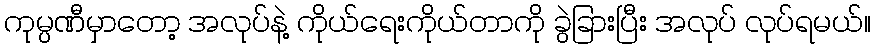
ကုမ္ပဏီမှာတော့ အလုပ်နဲ့ ကိုယ်ရေးကိုယ်တာကို ခွဲခြားပြီး အလုပ် လုပ်ရမယ်။